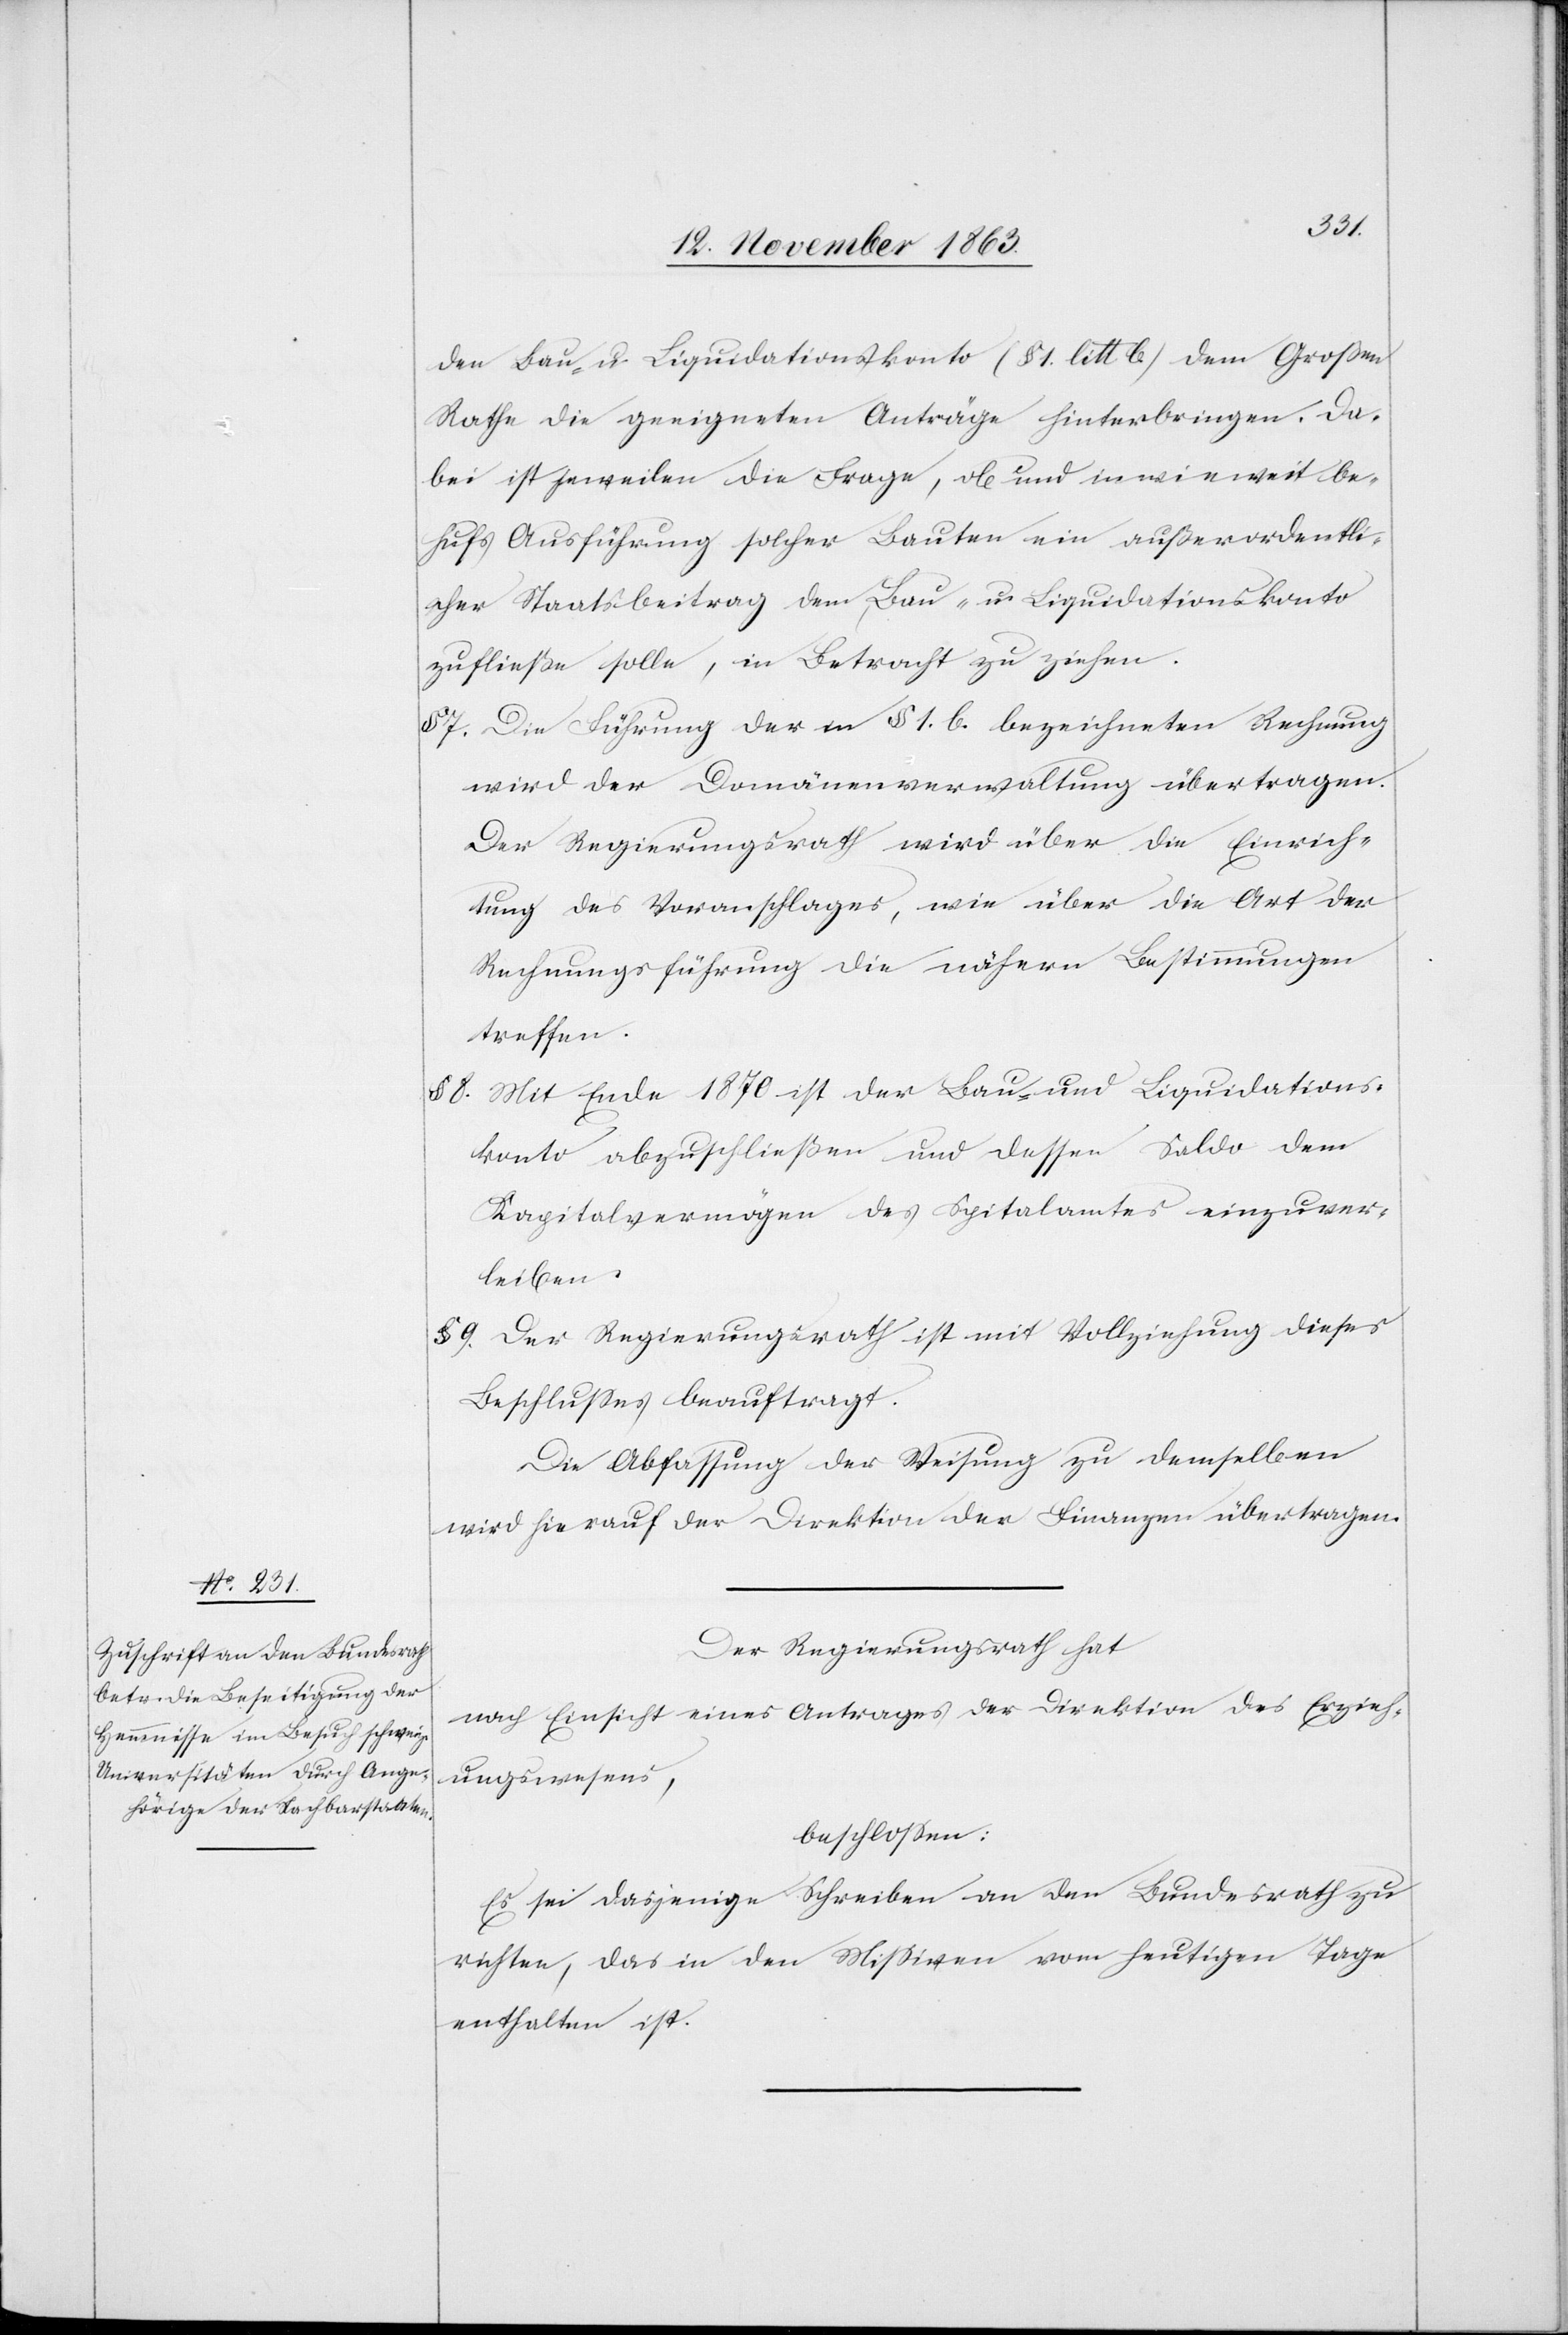
den Bau- u. Liquidationskonto (§ 1. litt b.) dem Großen
Rathe die geeigneten Anträge hinterbringen. Da¬
bei ist jeweilen die Frage, ob und inwieweit be¬
hufs Ausführung solcher Bauten ein außerordentli¬
cher Staatsbeitrag dem Bau- u. Liquidationskonto
zufließe[n] solle, in Betracht zu ziehen.
§ 7. Die Führung der in § 1. b. bezeichneten Rechnung
wird der Domänenverwaltung übertragen.
Der Regierungsrath wird über die Einrich¬
tung des Voranschlages, wie über die Art der
Rechnungsführung die nähern Bestimmungen
treffen.
Mit Ende 1870 ist der Bau- und Liquidations¬
§ 8.
konto abzuschließen und dessen Saldo dem
Kapitalvermögen des Spitalamtes einzuver¬
leiben.
§ 9. Der Regierungsrath ist mit Vollziehung dieses
Beschlusses beauftragt.
Die Abfassung der Weisung zu demselben
wird hierauf der Direktion der Finanzen übertragen.
Der Regierungsrath hat
nach Einsicht eines Antrages der Direktion des Erzieh¬
ungswesens,
beschlossen:
Es sei dasjenige Schreiben an den Bundesrath zu
richten, das in den Missiven vom heutigen Tage
enthalten ist.